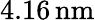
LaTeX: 4.16\, \mathrm{nm}